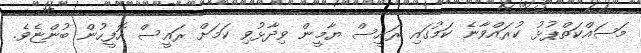
މަސައްކަތްޕުޅު ކުރައްވާނެ ކަމުގައި ރައީސް ޔާމީން ވިދާޅުވި ކަމަށް ރައީސް އޮފީހުން ބުންޏެވެ.